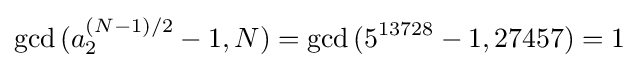
\gcd {(a_{2}^{(N-1)/2}-1,N)}=\gcd {(5^{13728}-1,27457)}=1